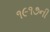
૧૯૧૭ની